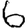
Digit: 6